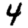
Digit: 4